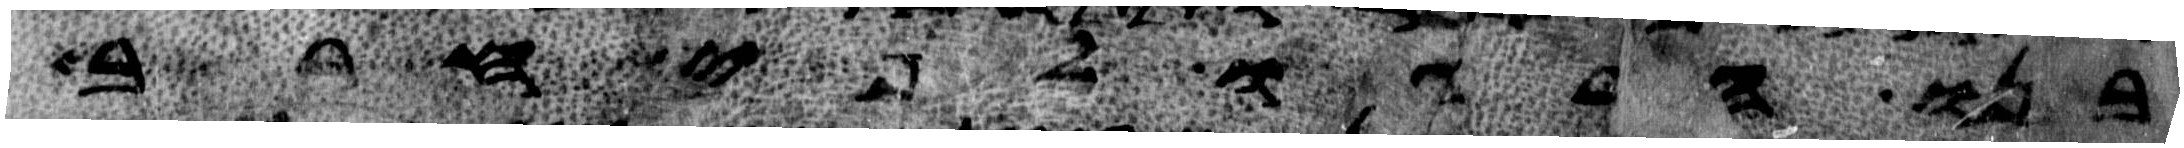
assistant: בנו הרגו לפי חרב